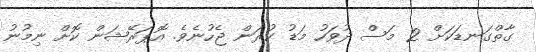
ގާތްގަނޑަކަށް 2 މަސް ދުވަހު މަޑު ކުރަން ޖެހުނެވެ. އޮޕަރޭޝަން ކޮށް ނިމުނު